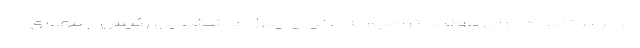
در برابر تنها ۲۱۴ رای دونالد ترامپ، به عنوان چهل و ششمین رئیس جمهوری